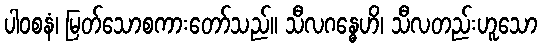
ပါဝစနံ၊ မြတ်သောစကားတော်သည်။ သီလဂန္ဓေဟိ၊ သီလတည်းဟူသော